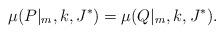
LaTeX: \begin{align*}\mu(P|_{m},k,J^{\ast})=\mu(Q|_{m},k,J^{\ast}).\end{align*}